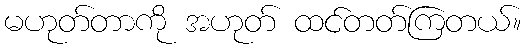
မဟုတ်တာကို အဟုတ် ထင်တတ်ကြတယ်။